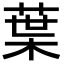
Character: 葉